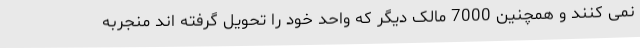
نمی کنند و همچنین 7000 مالک دیگر که واحد خود را تحویل گرفته اند منجربه